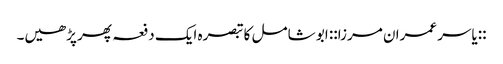
::یاسر عمران مرزا:: ابو شامل کا تبصرہ ایک دفعہ پھر پڑھیں۔